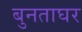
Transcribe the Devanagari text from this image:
बुनताघर